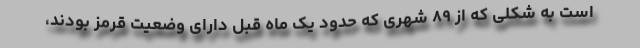
است به شکلی که از ۸۹ شهری که حدود یک ماه قبل دارای وضعیت قرمز بودند،